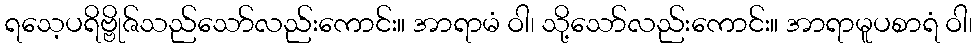
ရသေ့ပရိဗ္ဗိုဇ်သည်သော်လည်းကောင်း။ အာရာမံ ဝါ၊ သို့သော်လည်းကောင်း။ အာရာမူပစာရံ ဝါ၊